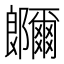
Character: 鿥